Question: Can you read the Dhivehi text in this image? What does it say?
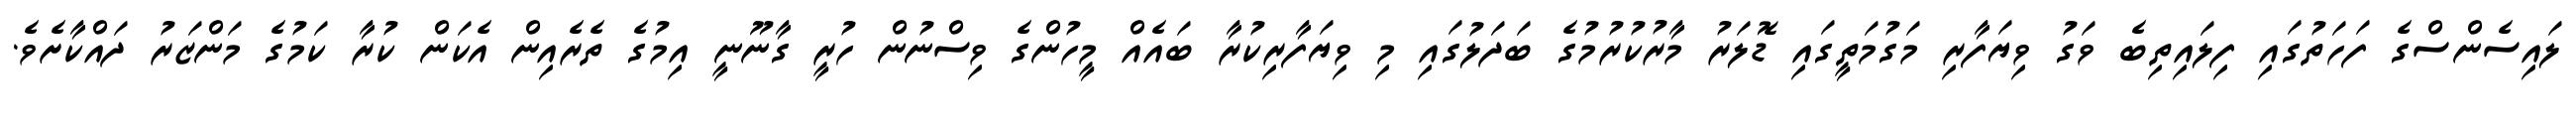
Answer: ލައިސެންސްގެ ފަހަތުގައި ފިލައިތިބެ ވަގު ވިޔަފާރި މަގުމަތީގައި ޑޮލަރު މާރުކުރުމުގެ ބަދަލުގައި މި ވިޔަފާރިކުރާ ބައެއް މީހުންގެ ވިސްނުން ހުރީ ގާނޫނީ އިމުގެ ތެރެއިން އެކަން ކުރާ ކަމުގެ މަންޒަރު ދައްކާށެވެ.